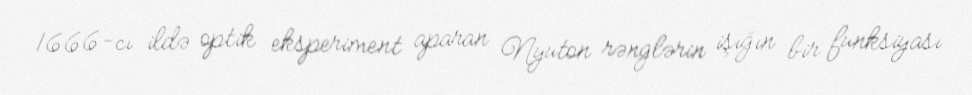
1666-cı ildə optik eksperiment aparan Nyuton rənglərin işığın bir funksiyası